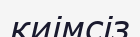
киімсіз